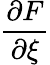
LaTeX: \frac{\partial F}{\partial\xi}